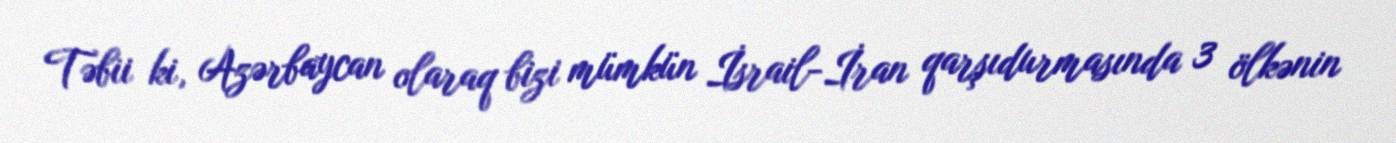
Təbii ki, Azərbaycan olaraq bizi mümkün İsrail-İran qarşıdurmasında 3 ölkənin